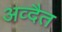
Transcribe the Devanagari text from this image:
अव्दैत